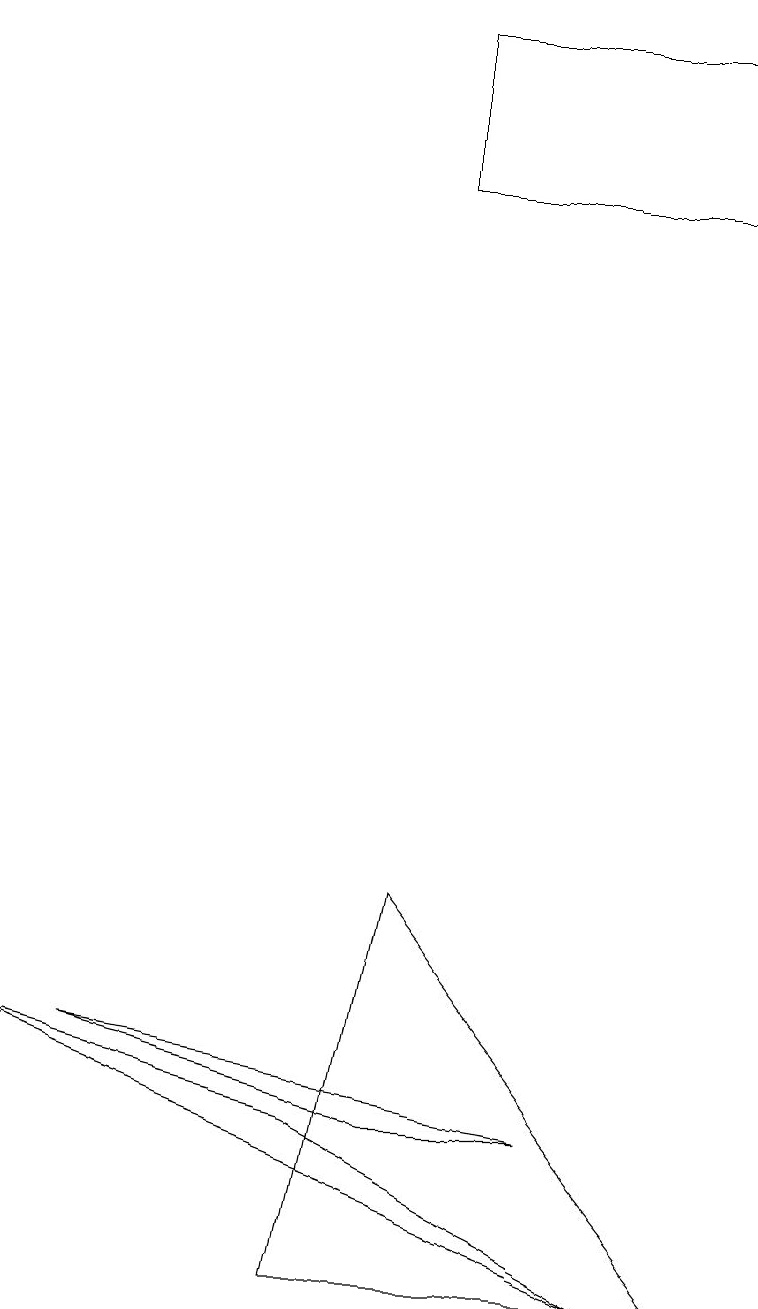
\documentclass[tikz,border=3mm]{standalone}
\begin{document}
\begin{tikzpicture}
\draw (9,15) rectangle (5,17);
\draw (5,3) -- (7,3) -- (1,4) -- cycle;
\draw (4,3) -- (8,1) -- (0,4) -- cycle;
\draw (4,1) -- (5,6) -- (9,1) -- cycle;
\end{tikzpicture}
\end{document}